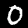
Digit: 0